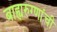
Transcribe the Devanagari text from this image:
बाह्यरुग्णांची